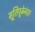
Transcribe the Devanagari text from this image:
मू्र्तिपूजेनंतर